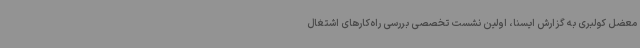
معضل کولبری به گزارش ایسنا، اولین نشست تخصصی بررسی راه‌کارهای اشتغال